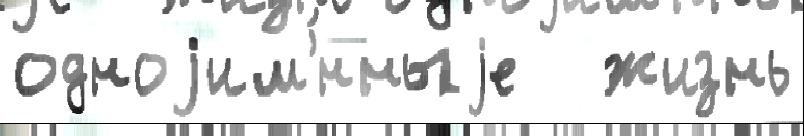
одноjим'́нныjе   жизнь